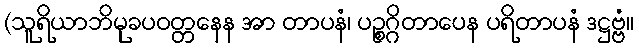
(သူရိယာဘိမုခပဝတ္တနေန အာ တာပနံ၊ ပဉ္စဂ္ဂိတာပေန ပရိတာပနံ ဒဋ္ဌဗ္ဗံ။